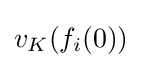
v_{K}(f_{i}(0))